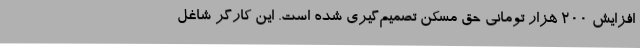
افزایش 200 هزار تومانی حق مسکن تصمیم‌گیری شده است. این کارگر شاغل